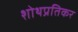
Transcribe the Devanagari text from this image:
शोथप्रतिकर